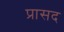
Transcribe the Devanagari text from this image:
प्रासद